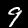
Digit: 9